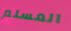
المسلم